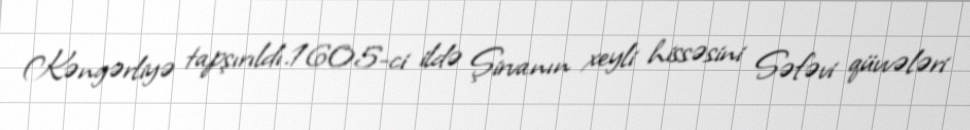
Kəngərliyə tapşırıldı.1605-ci ildə Şirvanın xeyli hissəsini Səfəvi qüvvələri